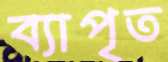
ব্যাপৃত